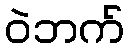
ဝဲဘက်